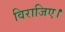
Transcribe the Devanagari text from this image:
विराजिए।